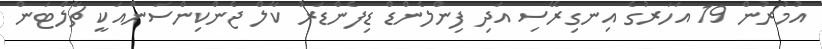
އުމުރުން 19 އަހަރުގެ އިނގިރޭސި އަދި ފިންލެންޑް ޑިފެންޑަރު ކާލް ޖެންކިންސަންއަކީ ޗާލްޓަން